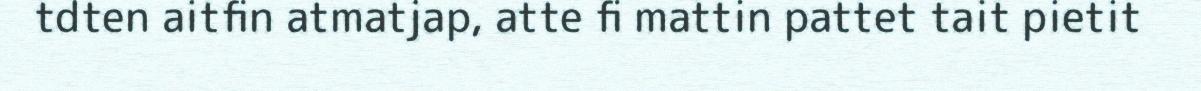
tdten aitfin atmatjap, atte fi mattin pattet tait pietit